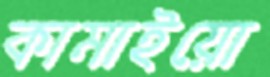
কামাইয়ো